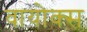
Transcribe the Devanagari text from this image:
वायोक्स